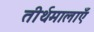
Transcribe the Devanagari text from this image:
तीर्थमालाएँ